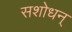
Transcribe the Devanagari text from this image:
सशोधन्